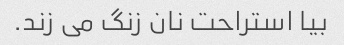
بیا استراحت نان زنگ می زند.